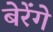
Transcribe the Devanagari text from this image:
बेरेंगे